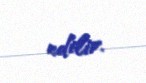
edilir.